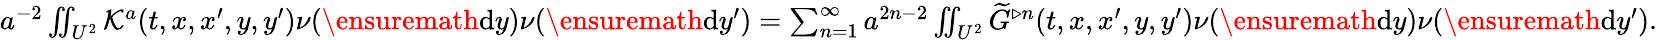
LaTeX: \begin{array}{r}{a^{-2}\iint_{U^{2}}\mathcal{K}^{a}(t,x,x^{\prime},y,y^{\prime})\nu(\ensuremath{\mathrm{d}}y)\nu(\ensuremath{\mathrm{d}}y^{\prime})=\sum_{n=1}^{\infty}a^{2n-2}\iint_{U^{2}}\widetilde{G}^{\triangleright n}(t,x,x^{\prime},y,y^{\prime})\nu(\ensuremath{\mathrm{d}}y)\nu(\ensuremath{\mathrm{d}}y^{\prime}).}\end{array}